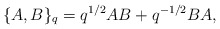
\begin{align*} \{A,B\}_{q}=q^{1/2}AB+q^{-1/2}BA,\end{align*}